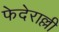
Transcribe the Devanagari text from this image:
फेदेराल्ली